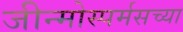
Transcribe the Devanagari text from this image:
जीन्मोस्पर्मसच्या